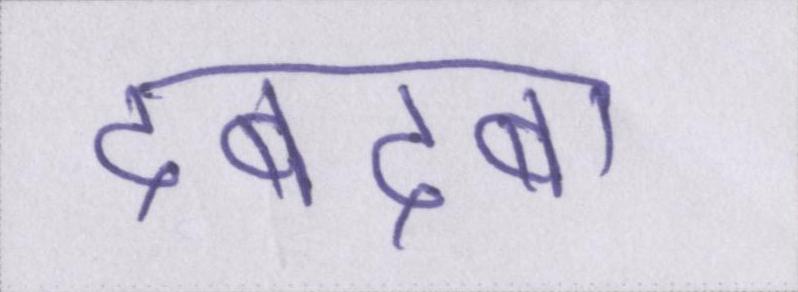
दबदबा